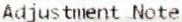
ADJUSTMENT NOTE